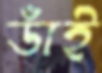
ডাঁই